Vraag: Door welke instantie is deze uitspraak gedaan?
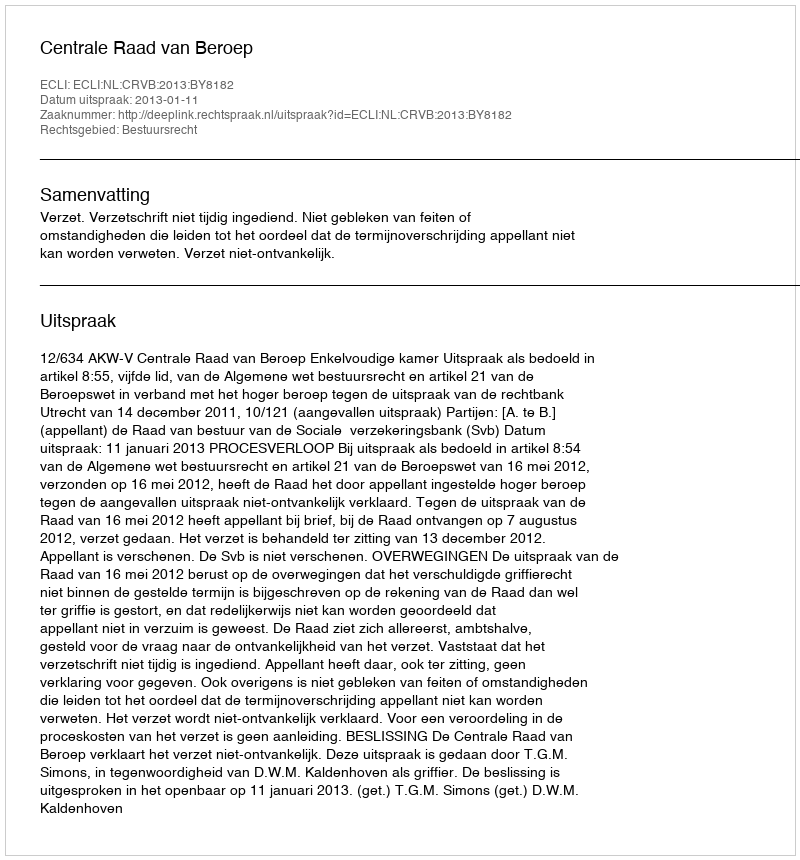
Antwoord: Centrale Raad van Beroep